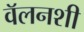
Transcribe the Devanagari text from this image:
वॅलनशी